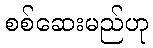
စစ်ဆေးမည်ဟု